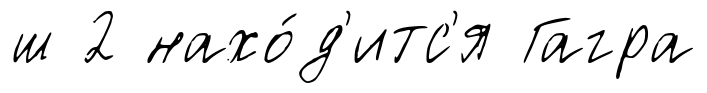
ш 2 нахо́д'итс'я Гагра